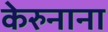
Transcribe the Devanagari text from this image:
केरुनाना